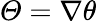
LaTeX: \varTheta=\nabla\theta